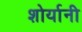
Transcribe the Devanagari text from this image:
शोर्यानी